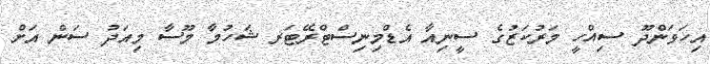
އިހަވަންދޫ ސިއްހީ މަރުކަޒުގެ ސީނިއާ އެޑްމިނިސްޓްރޭޓަރ ޝަހުމާ މޫސާ މިއަދު ސަން އަށް